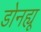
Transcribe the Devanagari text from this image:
डोनह्यू